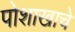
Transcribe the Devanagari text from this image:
पोशाखाचे